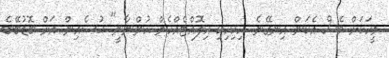
މީހަކަށް ވެސް އެކަން އިނގޭނެ. ހިކިހިކި އިލޮއްޓެއްހެން ހުންނާނީ" ޙުސެއިން އަށް ބޮޑުބޭބެ